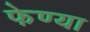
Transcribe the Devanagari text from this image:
फेण्या